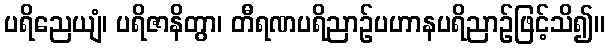
ပရိညေယျံ၊ ပရိဇာနိတွာ၊ တီရဏပရိညာဉ်ပဟာနပရိညာဉ်ဖြင့်သိ၍။